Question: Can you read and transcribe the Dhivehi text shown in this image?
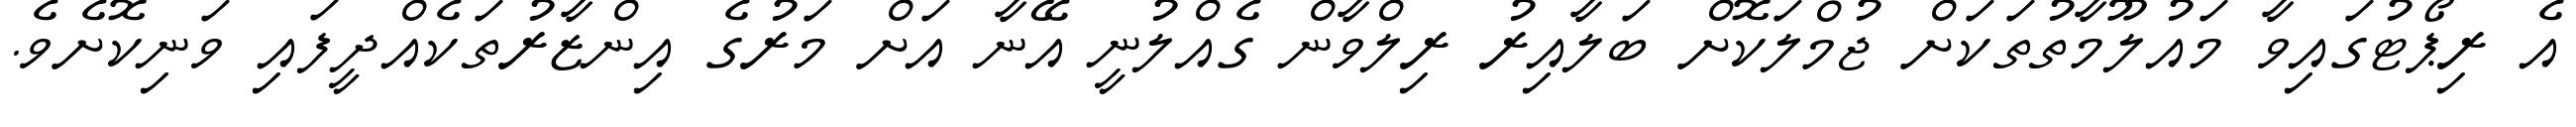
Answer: އެ ރިޕޯޓުގައިވާ މައުލޫމާތުތަކަށް ޖުމްލަކޮށް ބަލާއިރު ރިލްވާން ގެއްލުނީ އޭނާ އަށް މަރުގެ އިންޒާރުތަކެއްދީފައި ވަނިކޮށެވެ.